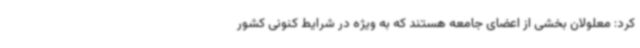
کرد: معلولان بخشی از اعضای جامعه هستند که به ویژه در شرایط کنونی کشور